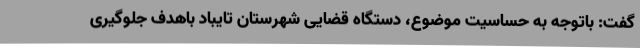
گفت: باتوجه به حساسیت موضوع، دستگاه قضایی شهرستان تایباد باهدف جلوگیری